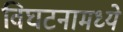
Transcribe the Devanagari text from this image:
विघटनामध्ये